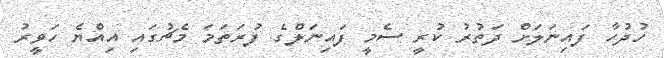
ހުދުހާ ފައިނަލަށް ދަތުރު ކުރީ ސެމީ ފައިނަލްގެ ފުރަތަމަ މެޗުގައި އިއްޔެ ހަވީރު